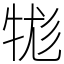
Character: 牻